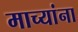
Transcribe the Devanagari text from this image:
माच्यांना